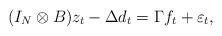
LaTeX: \begin{align*}(I_N\otimes B)z_t-\Delta d_t=\Gamma f_t+\varepsilon_t,\end{align*}